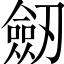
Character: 劔